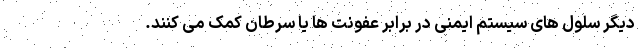
دیگر سلول های سیستم ایمنی در برابر عفونت ها یا سرطان کمک می کنند.